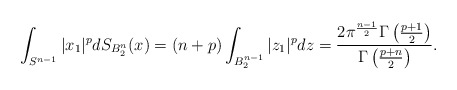
\begin{align*}\int_{S^{n-1}}|x_1|^p dS_{B_2^n}(x)=(n+p)\int_{B_2^{n-1}}|z_1|^pdz=\frac{2\pi^\frac{n-1}{2}\Gamma\left(\frac{p+1}{2}\right)}{\Gamma\left(\frac{p+n}{2}\right)}.\end{align*}